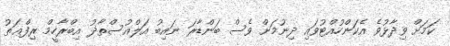
ކަމަށް ވިދާޅުވެ އެކަންހުއްޓުވައި ދިނުމަށް ވެސް ބަންޑާރަ ނައިބު އަލްއުސްތާޛު އިބްރާހީމް ރިފްޢަތު